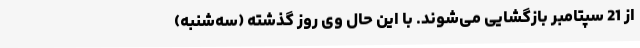
از 21 سپتامبر بازگشایی می‌شوند. با این حال وی روز گذشته (سه‌شنبه)